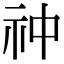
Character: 祌